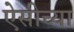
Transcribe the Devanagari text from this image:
ऐसीच्या